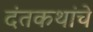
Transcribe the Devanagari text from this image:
दंतकथांचे